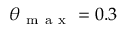
\theta _ { \mathrm { ~ m ~ a ~ x ~ } } = 0 . 3